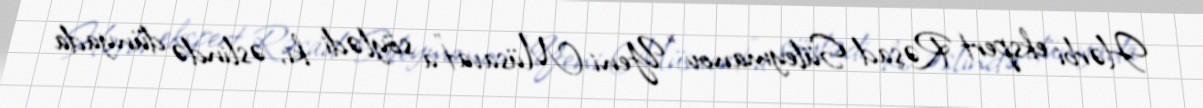
Hərbi ekspert Rəşad Süleymanov “Yeni Müsavat”a söylədi ki, əslində dünyada